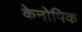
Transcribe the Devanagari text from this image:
केनोपिक